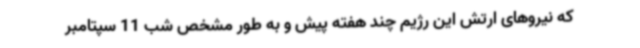
که نیروهای ارتش این رژیم چند هفته پیش و به طور مشخص شب 11 سپتامبر